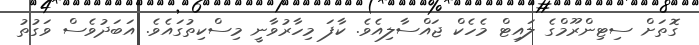
ގޮތަށް ސިޓިންރޫމްގެ ލައިޓް މެހެކް ޖައްސާލިއެވެ. ކާފަ މިހާރުވާނީ މިސްކިތުގައެވެ. އަބަދުވެސް ވަގުތު